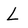
Character: L